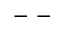
- \ -